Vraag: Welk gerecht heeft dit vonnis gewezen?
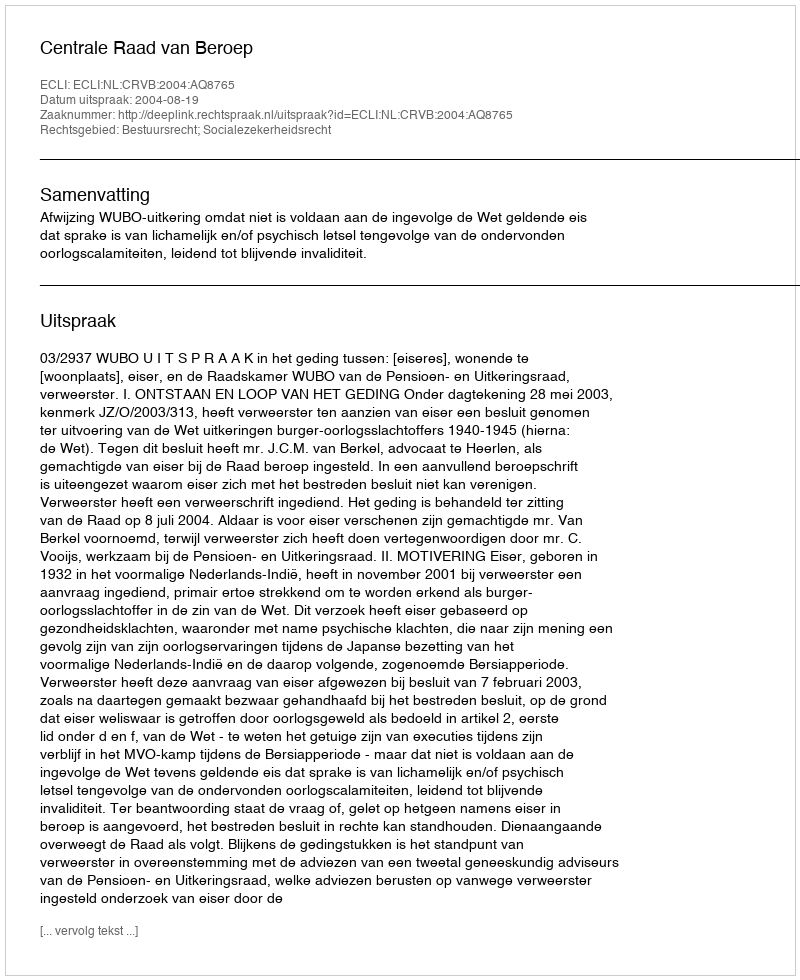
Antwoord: Centrale Raad van Beroep